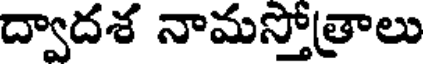
ద్వాదశ నామస్తోత్రాలు